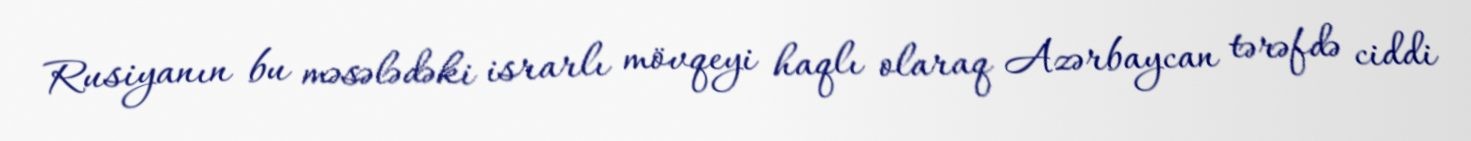
Rusiyanın bu məsələdəki israrlı mövqeyi haqlı olaraq Azərbaycan tərəfdə ciddi